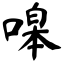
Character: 嗥